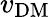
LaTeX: v_{\mathrm{DM}}